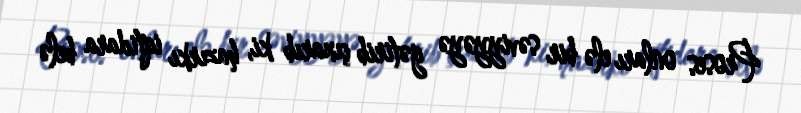
Proses onları elə bir səviyyəyə gətirib çıxarıb ki, hazırkı iqtidara belə